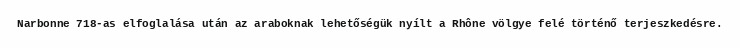
Narbonne 718-as elfoglalása után az araboknak lehetőségük nyílt a Rhône völgye felé történő terjeszkedésre.